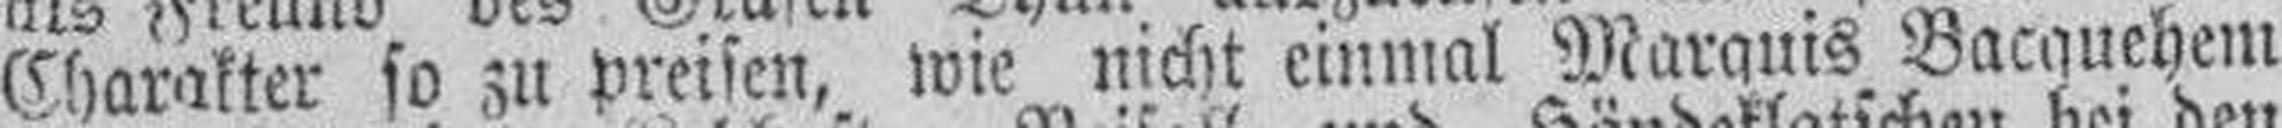
Charakter so zu preisen, wie nicht einmal Marquis Bacquehem